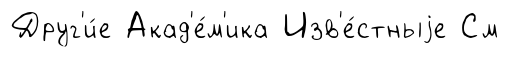
Друг'и́е Акад'е́м'ика Изв'е́стныjе См